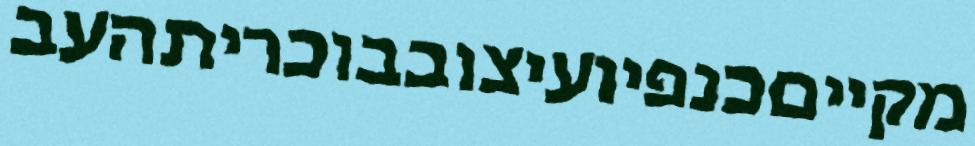
מקייםכנפיועיצובבוכריתהעב